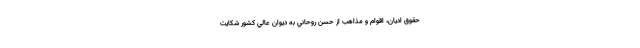
حقوق اديان، اقوام و مذاهب از حسن روحاني به ديوان عالي كشور شكايت